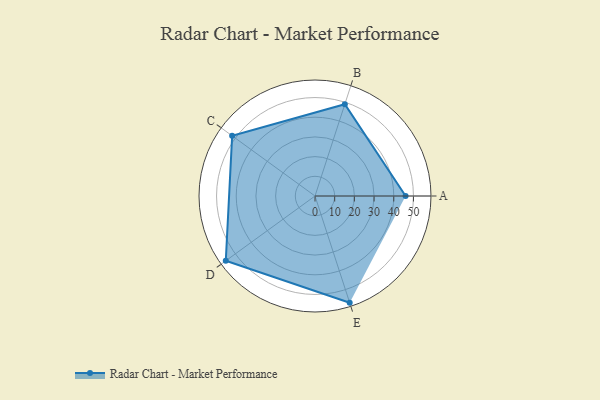
{"axis": {"x": "Skill", "y": "Score"}, "legend": ["Profile"], "data": [{"x": "A", "y": 46.0, "type": "Profile"}, {"x": "B", "y": 49.0, "type": "Profile"}, {"x": "C", "y": 52.0, "type": "Profile"}, {"x": "D", "y": 56.0, "type": "Profile"}, {"x": "E", "y": 57.0, "type": "Profile"}]}